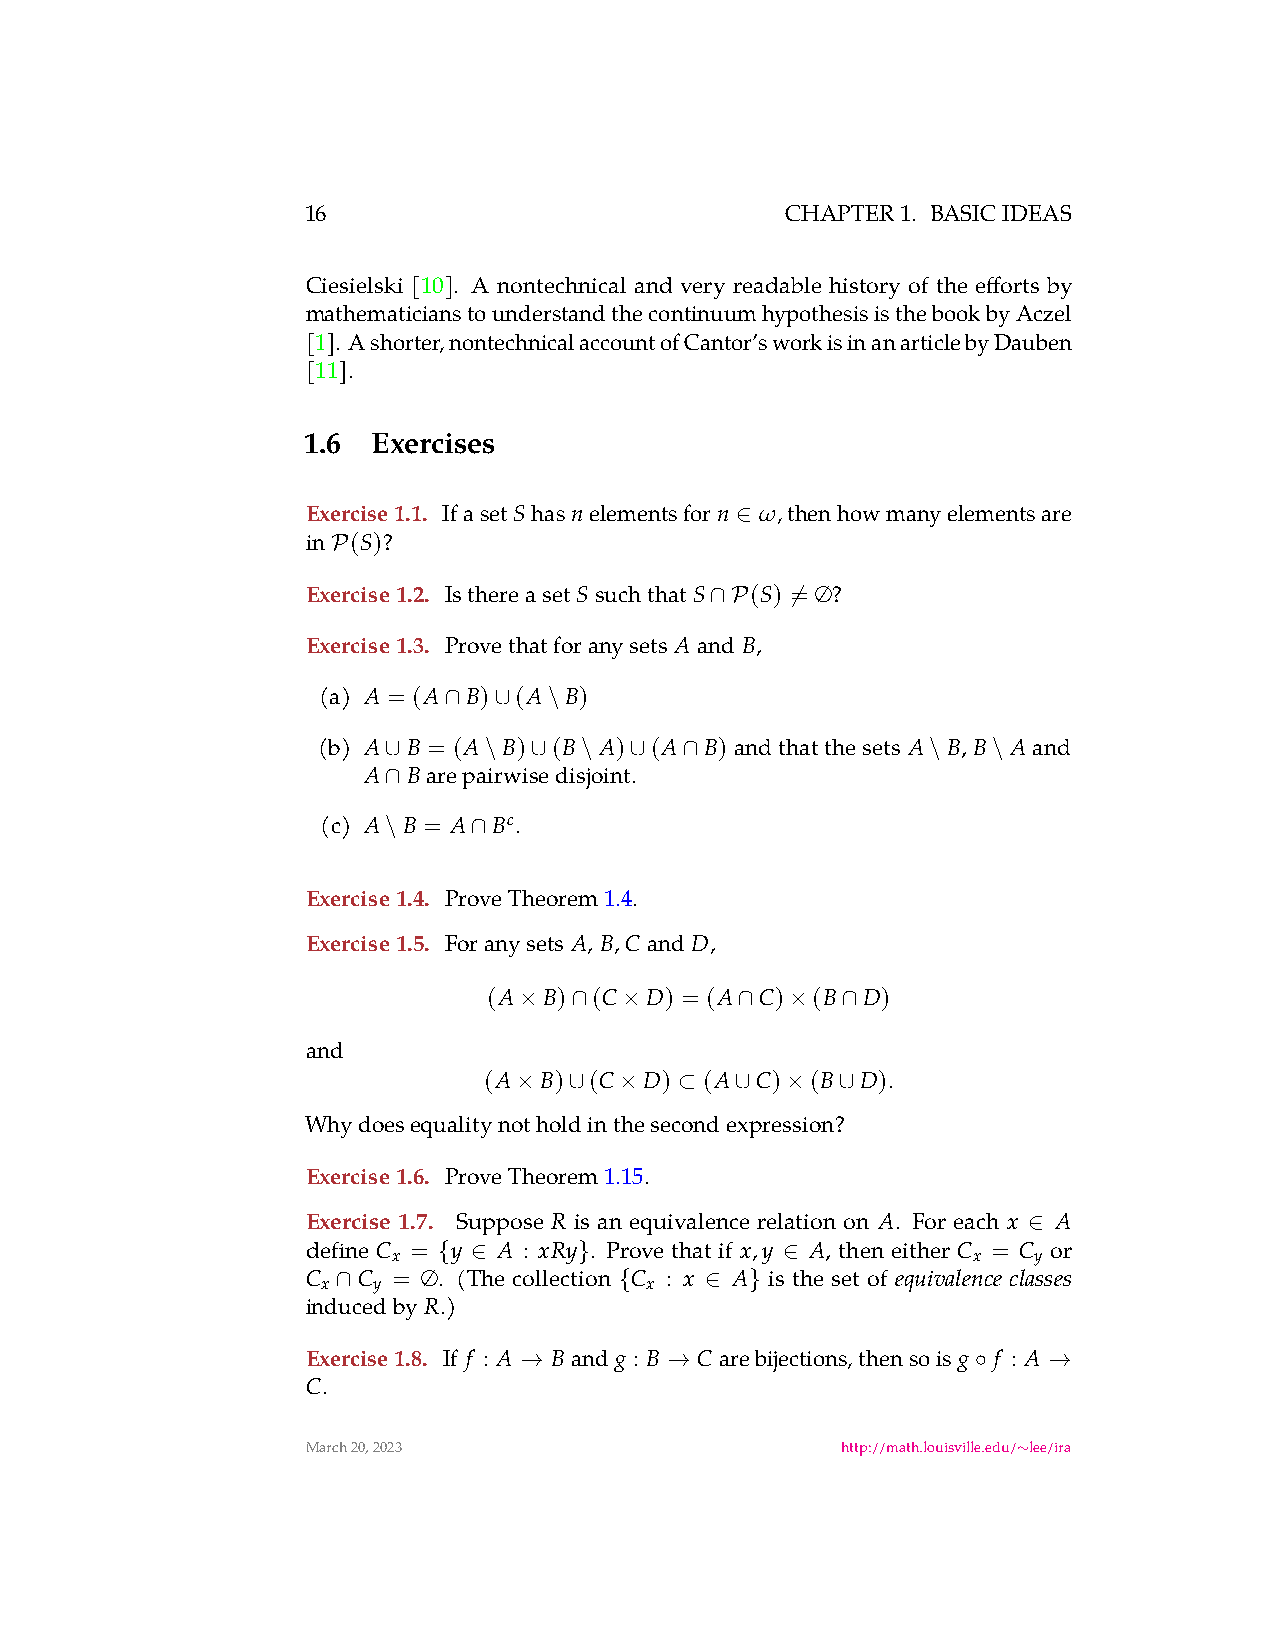
16                              CHAPTER1. BASICIDEAS
 Ciesielski [10]. A nontechnical and very readable history of the efforts by
 mathematicianstounderstandthecontinuumhypothesisisthebookbyAczel
 [1]. Ashorter,nontechnicalaccountofCantor’sworkisinanarticlebyDauben
 [11].
 1.6  Exercises
 Exercise1.1. IfasetShasnelementsforn ω,thenhowmanyelementsare
 ∈
 in (S)?
 P
 Exercise1.2. IsthereasetSsuchthatS (S) = ∅?
 ∩P   ̸
 Exercise1.3. Provethatforanysets Aand B,
 (a) A = (A B) (A B)
 ∩   ∪  \
 (b) A B = (A B) (B A) (A  B)andthatthesets A B, B Aand
 ∪     \  ∪  \   ∪  ∩                \   \
 A  Barepairwisedisjoint.
 ∩
 (c) A B = A Bc.
 \    ∩
 Exercise1.4. ProveTheorem1.4.
 Exercise1.5. Foranysets A, B,Cand D,
 (A  B) (C  D) = (A C) (B D)
 ×   ∩  ×       ∩  ×   ∩
 and
 (A  B) (C  D)  (A C)  (B D).
 ×   ∪  ×   ⊂   ∪  ×   ∪
 Whydoesequalitynotholdinthesecondexpression?
 Exercise1.6. ProveTheorem1.15.
 Exercise 1.7. Suppose R is an equivalence relation on A. For each x A
 ∈
 define C = y A : xRy . Prove that if x,y A, then either C = C or
 x                                     x   y
 { ∈      }             ∈
 C   C = ∅. (The collection C : x A is the set of equivalence classes
 x   y                 x
 ∩                  {     ∈  }
 inducedby R.)
 Exercise1.8. If f : A Band g : B Carebijections,thensois g f : A
 →         →                    ◦   →
 C.
 March20,2023                        http://math.louisville.edu/ lee/ira
 ∼